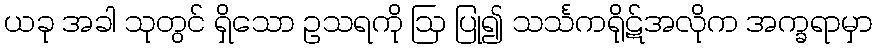
ယခု အခါ သုတွင် ရှိသော ဥသရကို ဩ ပြု၍ သင်္သကရိုဋ်အလိုက အက္ခရာမှာ